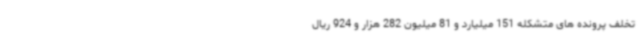
تخلف پرونده های متشکله 151 میلیارد و 81 میلیون 282 هزار و 924 ریال